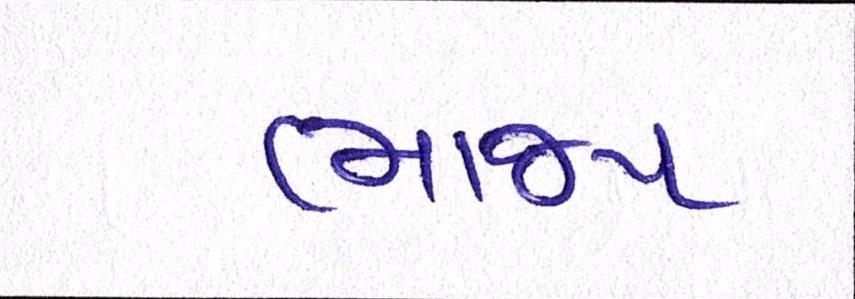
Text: ભાજપ